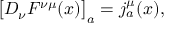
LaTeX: \bigl [ D _ { \nu } F ^ { \nu \mu } ( x ) \bigr ] _ { a } = j _ { a } ^ { \mu } ( x ) ,